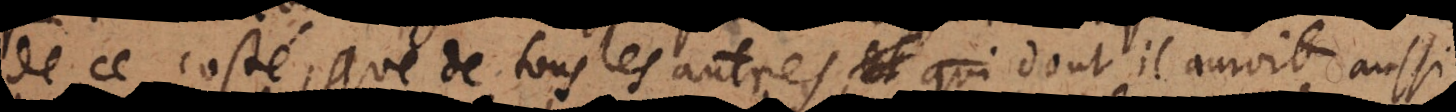
de ce costé, que de tous les autres, dont il auroit aussi